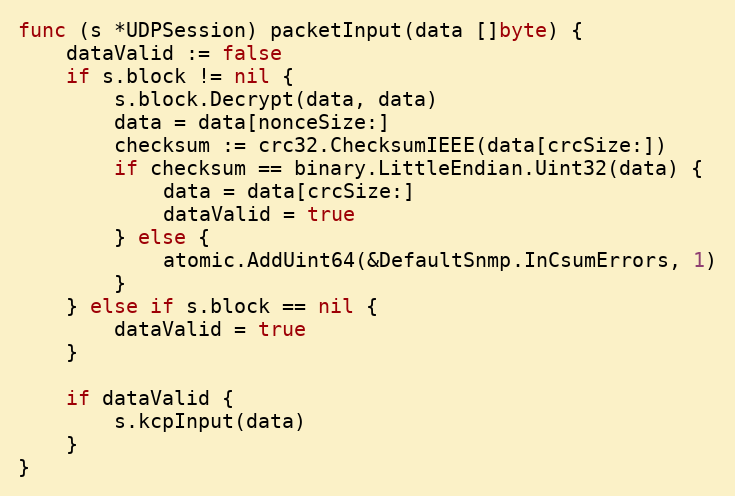
Language: Go
func (s *UDPSession) packetInput(data []byte) {
	dataValid := false
	if s.block != nil {
		s.block.Decrypt(data, data)
		data = data[nonceSize:]
		checksum := crc32.ChecksumIEEE(data[crcSize:])
		if checksum == binary.LittleEndian.Uint32(data) {
			data = data[crcSize:]
			dataValid = true
		} else {
			atomic.AddUint64(&DefaultSnmp.InCsumErrors, 1)
		}
	} else if s.block == nil {
		dataValid = true
	}

	if dataValid {
		s.kcpInput(data)
	}
}